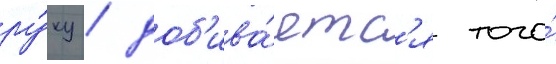
ру́ку / доб'ива́етс'я того́